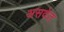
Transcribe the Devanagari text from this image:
असवेत